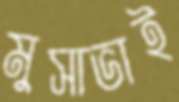
মুসাভাই